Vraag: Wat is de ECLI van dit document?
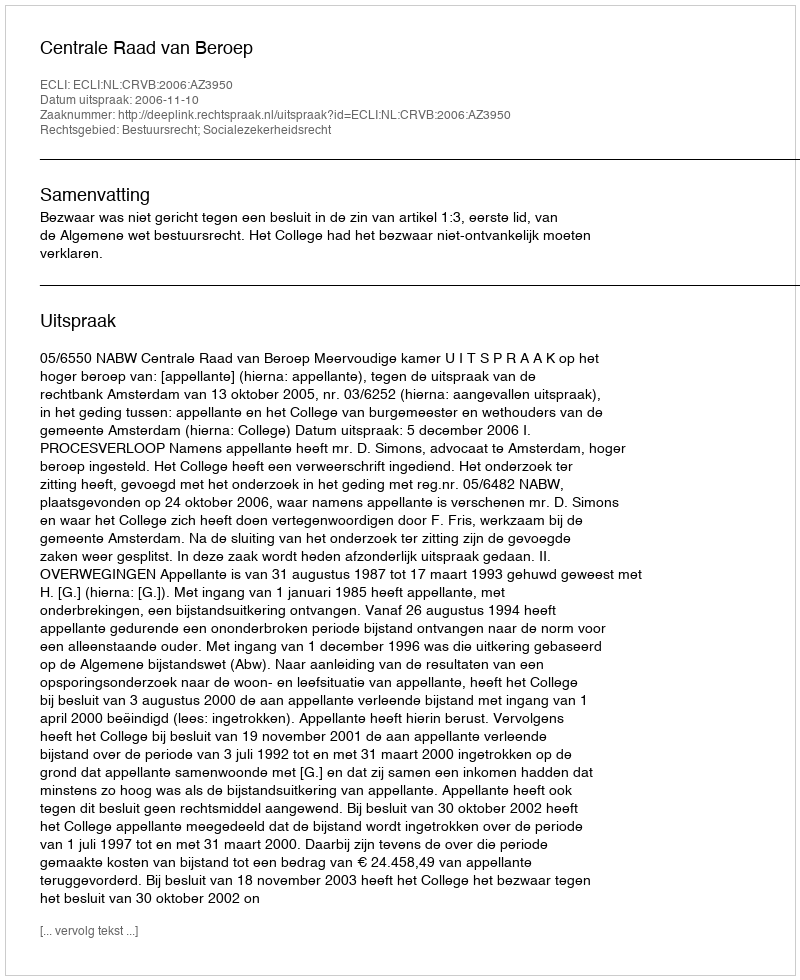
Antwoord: ECLI:NL:CRVB:2006:AZ3950